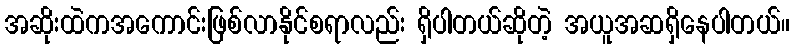
အဆိုးထဲကအကောင်းဖြစ်လာနိုင်စရာလည်း ရှိပါတယ်ဆိုတဲ့ အယူအဆရှိနေပါတယ်။